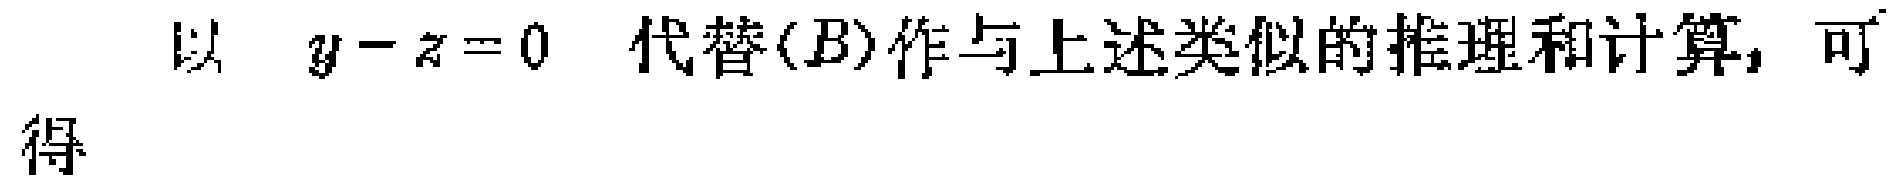
以 \(y - z = 0\) 代替\((B)\)作与上述类似的推理和计算，可得